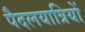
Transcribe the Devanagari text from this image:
पैदलयात्रियों